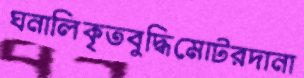
ঘনালিকৃতবুদ্ধিমোটরদানা